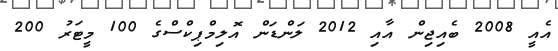
އެއީ 2008 ބެއިޖިން އާއި 2012 ލަންޑަން އޮލިމްޕިކްސްގެ 100 މީޓަރު 200